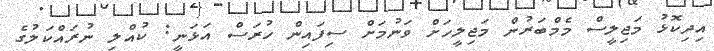
އިދިކޮޅު މަޖިލީސް މެމްބަރުން މަޖިލީހަށް ވަނުމަށް ސިފައިން ހުރަސް އަޅަނީ: ކުއްލި ނުރައްކަލުގެ